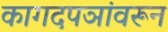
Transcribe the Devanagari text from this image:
कागदपञांवरून